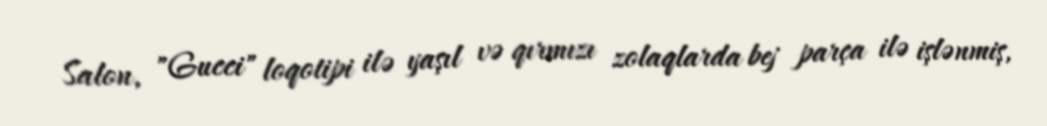
Salon, "Gucci" loqotipi ilə yaşıl və qırmızı zolaqlarda bej parça ilə işlənmiş,